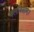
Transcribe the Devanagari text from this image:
बलीयसाम्।